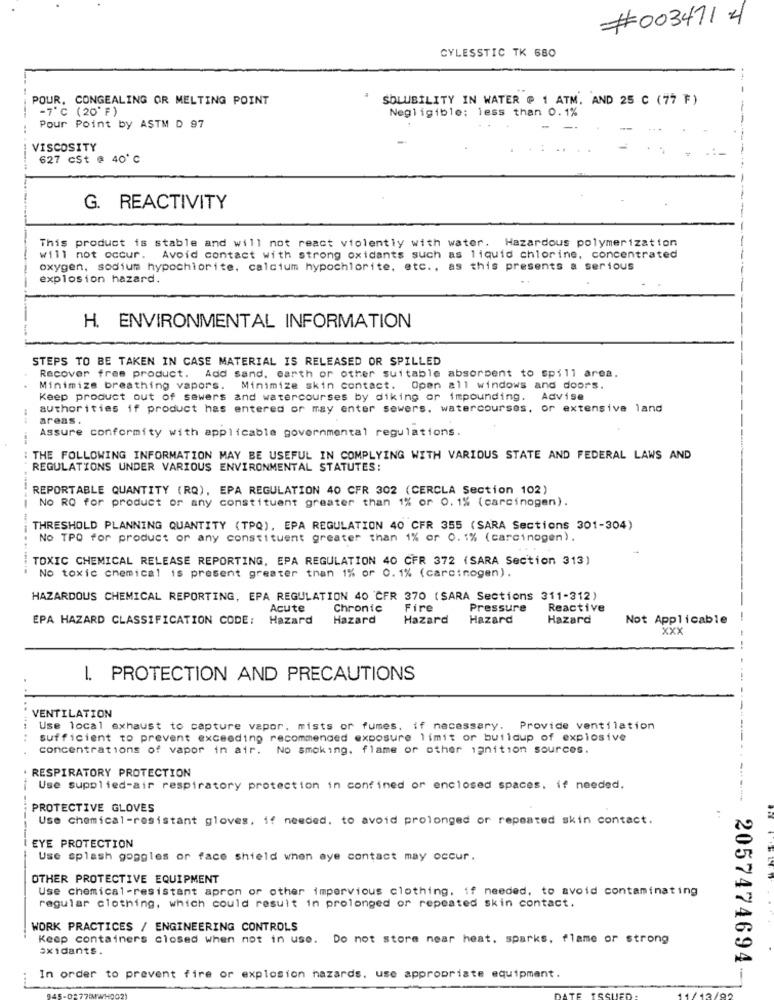
#003471 .4
CYLESSTIC TK 680
POUR, CONGEALING OR MELTING POINT
SOLUBILITY IN WATER @ 1 ATM. AND 25 C (77 F)
-7℃ (20' F)
Negligible: less than 0.1%
Pour Point by ASTM D 97
VISCOSITY
627 cSt @ 40 ℃
G. REACTIVITY
This product is stable and will not react violently with water. Hazardous polymerization
will not occur. Avoid contact with strong oxidants such as liquid chlorine, concentrated
oxygen, sodium hypochlorite, calcium hypochlorite, etc ., as this presents a serious
explosion hazard.
H. ENVIRONMENTAL INFORMATION
STEPS TO BE TAKEN IN CASE MATERIAL IS RELEASED OR SPILLED
Recover free product. Add sand, earth or other suitable absorbent to spill area.
Minimize breathing vapors. Minimize skin contact. Open all windows and doors.
Keep product out of sewers and watercourses by diking or impounding. Advise
authorities if product has entered or may enter sewers. watercourses, or extensive land
areas.
Assure conformity with applicable governmental regulations.
THE FOLLOWING INFORMATION MAY BE USEFUL IN COMPLYING WITH VARIOUS STATE AND FEDERAL LAWS AND
REGULATIONS UNDER VARIOUS ENVIRONMENTAL STATUTES:
REPORTABLE QUANTITY (RQ), EPA REGULATION 40 CFR 302 (CERCLA Section 102)
No RO for product or any constituent greater than 1% or 0. 1% (carcinogen).
THRESHOLD PLANNING QUANTITY (TPQ), EPA REGULATION 40 CFR 355 (SARA Sections 301-304)
No TPO for product or any constituent greater than 1% or 0.1% (carcinogen).
TOXIC CHEMICAL RELEASE REPORTING, EPA REGULATION 40 CFR 372 (SARA Section 313)
--------------...
No toxic chemical is present greater than 1% or 0.1% (carcinogen).
HAZARDOUS CHEMICAL REPORTING, EPA REGULATION 40 CFR 370 (SARA Sections 311-312)
Acute
Chronic
Fire
Pressure
Reactive
EPA HAZARD CLASSIFICATION CODE:
Hazard
Hazard
Hazard
Hazard
Hazard
Not Applicable
xxx
I. PROTECTION AND PRECAUTIONS
VENTILATION
Use local exhaust to capture vapor, mists or fumes. if necessary. Provide ventilation
sufficient to prevent exceeding recommended exposure limit or buildup of explosive
---------
concentrations of vapor in air.
No smoking. flame or other ignition sources.
RESPIRATORY PROTECTION
Use supplied-air respiratory protection in confined or enclosed spaces. if needed.
-----
PROTECTIVE GLOVES
----
Use chemical-resistant gloves, if needed. to avoid prolonged or repeated skin contact.
EYE PROTECTION
Use splash goggles or face shield when eye contact may occur.
OTHER PROTECTIVE EQUIPMENT
Use chemical -resistant apron or other impervious clothing. if needed, to avoid contaminating
regular clothing, which could result in prolonged or repeated skin contact.
WORK PRACTICES / ENGINEERING CONTROLS
Keep containers closed when not in use. Do not store near heat, sparks, flame or strong
oxidants.
2057474694-
In order to prevent fire or explosion hazards. use appropriate equipment.